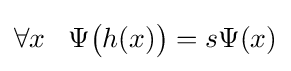
\forall x\;\;\;\Psi {\big (}h(x){\big )}=s\Psi (x)